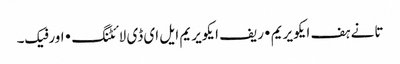
تانے ہف ایکویریم • ریف ایکویریم ایل ای ڈی لائٹنگ • اورفیک۔